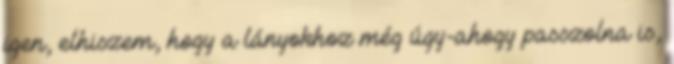
igen, elhiszem, hogy a lányokhoz még úgy-ahogy passzolna is,